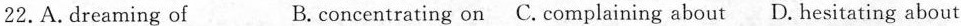
22.A. dreaming of B. concentrating on C. complaining about D. hesitating about